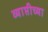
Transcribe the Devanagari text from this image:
व्याप्तीच्या